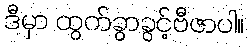
ဒီမှာ ထွက်ခွာခွင့်ဗီဇာပါ။